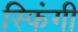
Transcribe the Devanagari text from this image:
स्फिंगी